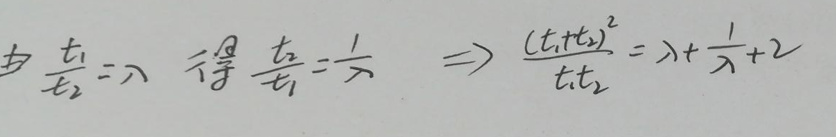
由 $\frac{t_1}{t_2}=\lambda$ 得 $\frac{t_2}{t_1}=\frac{1}{\lambda}\Rightarrow\frac{(t_1 + t_2)^2}{t_1t_2}=\lambda+\frac{1}{\lambda}+2$ 对应的LaTeX格式为：

由 $\frac{t_1}{t_2}=\lambda$ 得 $\frac{t_2}{t_1}=\frac{1}{\lambda}\Rightarrow\frac{(t_1 + t_2)^2}{t_1t_2}=\lambda+\frac{1}{\lambda}+2$ 可表示为：

\[
\text{由 } \frac{t_1}{t_2}=\lambda \text{ 得 } \frac{t_2}{t_1}=\frac{1}{\lambda} \Rightarrow \frac{(t_1 + t_2)^2}{t_1t_2}=\lambda+\frac{1}{\lambda}+2
\]